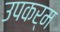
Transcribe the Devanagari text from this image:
उपकर्म